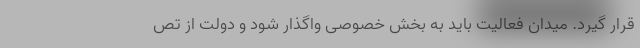
قرار گیرد. میدان فعالیت باید به بخش خصوصی واگذار شود و دولت از تص